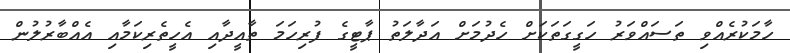
ހާމަކުރެއްވި ތަސައްވަރު ހަގީގަތަކަށް ހެދުމަށް އަދާލަތު ޕާޓީގެ ފުރިހަމަ ތާއީދާއި އެހީތެރިކަމާއި އެއްބާރުލުން